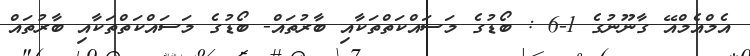
އެމްއެމްއޭ ގާނޫނުގެ 1-6 : ބޯޑުގެ މަސައްކަތްތަކާއި ބާރުތައް- ބޯޑުގެ މަސައްކަތްތަކާއި ބާރުތައް